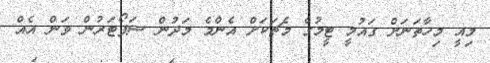
މިއީ މިހާތަނަށް ގައުމީ ޓީމުގެ މެޗަކަށް އެންމެ މަދުން ސަޕޯޓަރުން ވަން އެއް